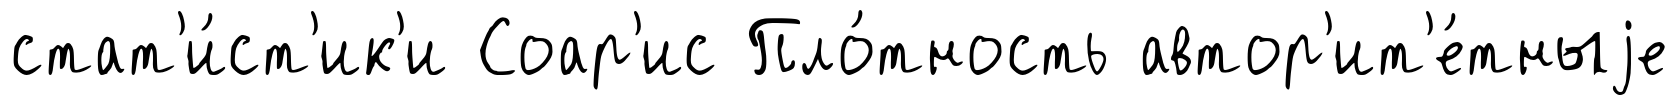
стат'и́ст'ик'и Соар'ис Пло́тность автор'ит'е́тныjе